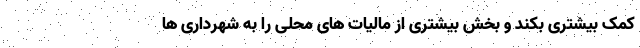
کمک بیشتری بکند و بخش بیشتری از مالیات های محلی را به شهرداری ها